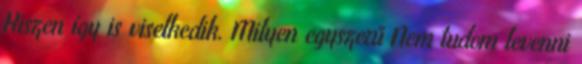
Hiszen így is viselkedik. Milyen egyszerű Nem tudom levenni